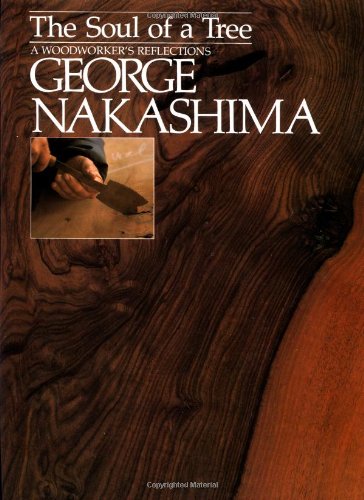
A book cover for The Soul of a Tree: A Woodworkers Reflections; George Nakashima; Crafts, Hobbies & Home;